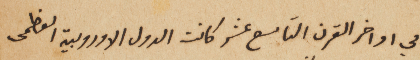
في اواخر القرن التاسع عشر كانت الدول الاوروبية العظمى